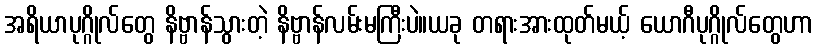
အရိယာပုဂ္ဂိုလ်တွေ နိဗ္ဗာန်သွားတဲ့ နိဗ္ဗာန်လမ်းမကြီးပဲ။ယခု တရားအားထုတ်မယ့် ယောဂီပုဂ္ဂိုလ်တွေဟာ